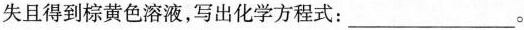
失且得到棕黄色溶液，写出化学方程式：___。